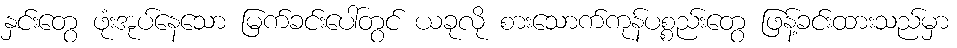
နှင်းတွေ ဖုံးအုပ်နေသော မြက်ခင်းပေါ်တွင် ယခုလို စားသောက်ကုန်ပစ္စည်းတွေ ဖြန့်ခင်းထားသည်မှာ